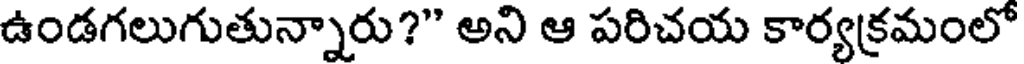
ఉండగలుగుతున్నారు?" అని ఆ పరిచయ కార్యక్రమంలో